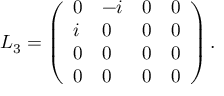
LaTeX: L _ { 3 } = \left( \begin{array} { l l l l } { { 0 } } & { { - i } } & { { 0 } } & { { 0 } } \\ { { i } } & { { 0 } } & { { 0 } } & { { 0 } } \\ { { 0 } } & { { 0 } } & { { 0 } } & { { 0 } } \\ { { 0 } } & { { 0 } } & { { 0 } } & { { 0 } } \end{array} \right) .